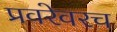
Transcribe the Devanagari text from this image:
प्रवरेवरच